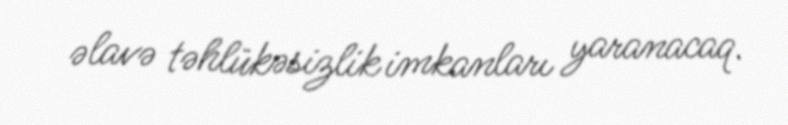
əlavə təhlükəsizlik imkanları yaranacaq.